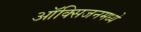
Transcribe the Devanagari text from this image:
ऑक्सिजनमध्ये